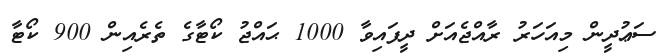
ސަޢުދީން މިއަހަރު ރާއްޖެއަށް ދީފައިވާ 1000 ޙައްޖު ކޯޓާގެ ތެރެއިން 900 ކޯޓާ